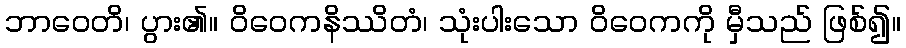
ဘာဝေတိ၊ ပွား၏။ ဝိဝေကနိဿိတံ၊ သုံးပါးသော ဝိဝေကကို မှီသည် ဖြစ်၍။